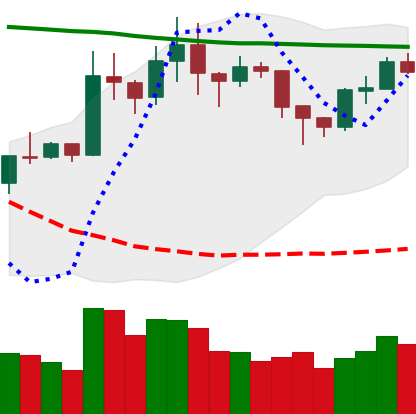
Ticker: XRP-USD
Chart end date: 2020-01-29
Forward return: 8.016%
Label: up_7plus